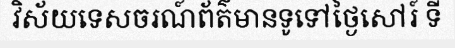
វិស័យទេសចរណ៍ព័ត៌មានទូទៅថ្ងៃសៅរ៍ ទី